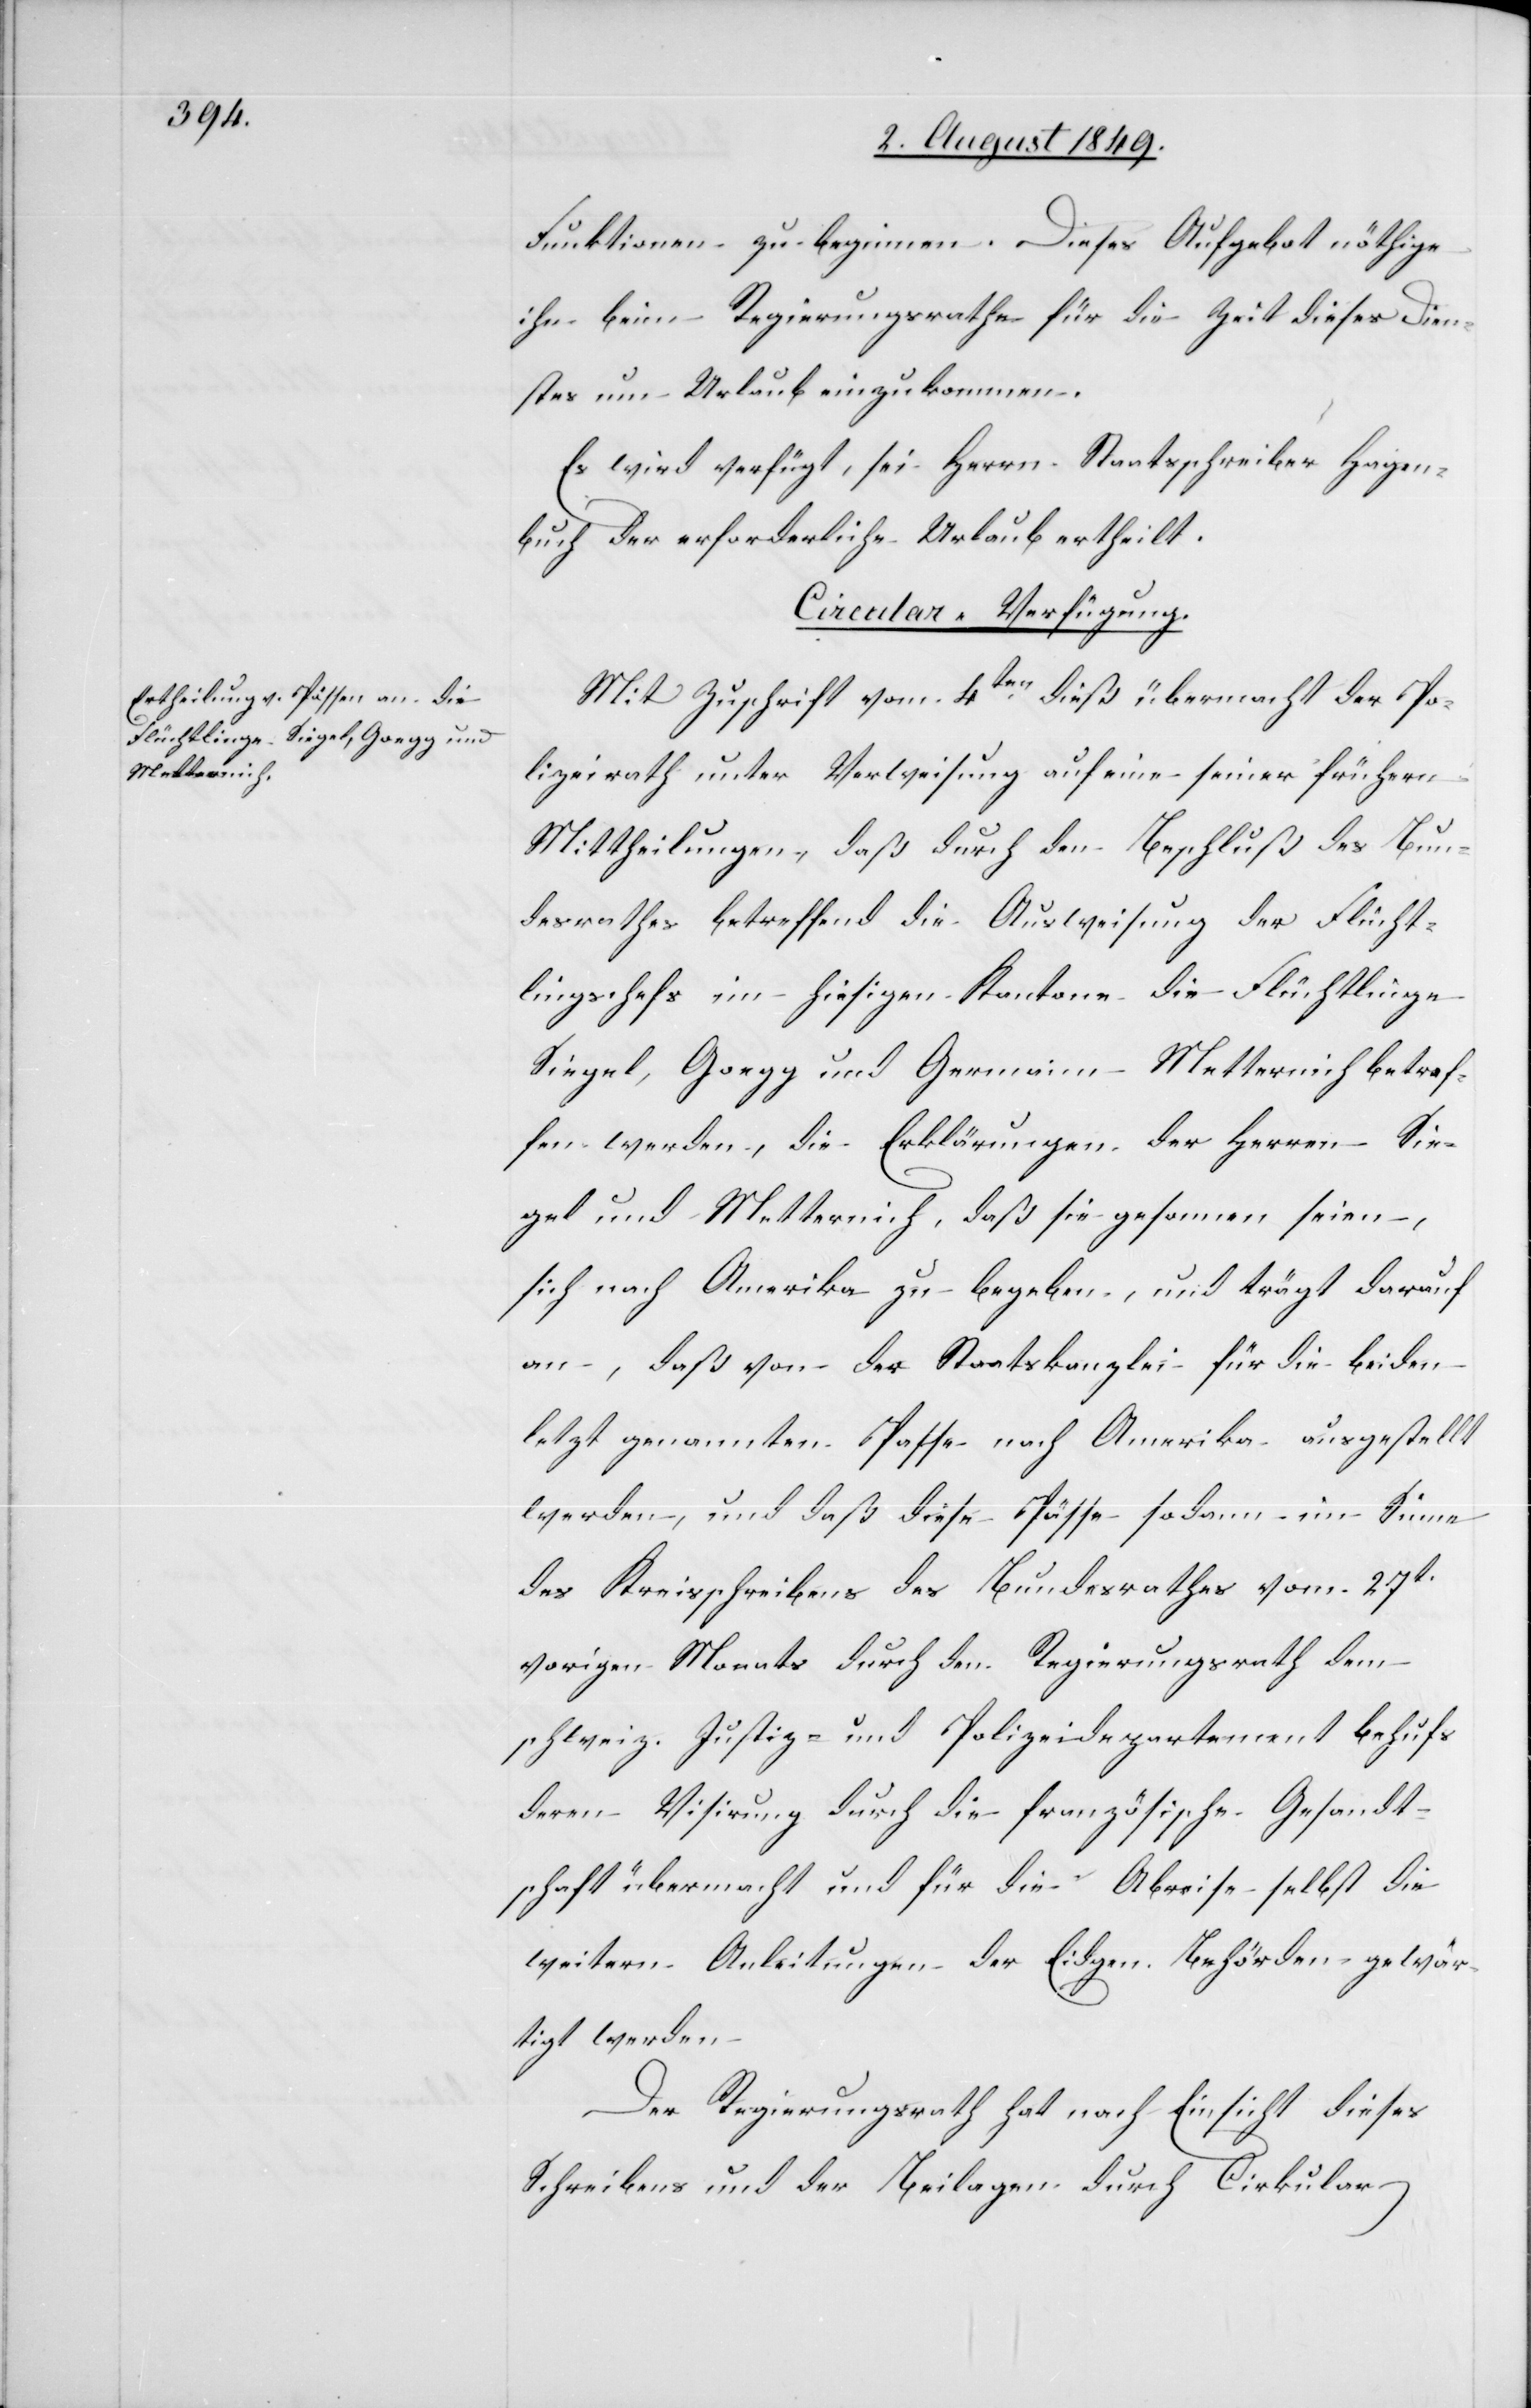
6. August 1849.]
Funktionen zu beginnen. Dieses Aufgebot nöthige
ihn beim Regierungsrathe für die Zeit dieses Dien¬
stes um Urlaub einzukommen.
Es wird verfügt, sei Herrn Staatsschreiber Hagen¬
buch der erforderliche Urlaub ertheilt.
Circular-Verfügung.
Mit Zuschrift vom 4ten dieß übermacht der Po¬
lizeirath unter Verweisung auf eine seiner frühern
Mittheilungen, daß durch den Beschluß des Bun¬
desrathes betreffend die Ausweisung der Flücht¬
lingschefs im hiesigen Kantone die Flüchtlinge
Siegel, Goegg und Germaim-Metternich betref¬
fen werden, die Erklärungen der Herren Sie¬
gel und Metternich, daß sie gesonnen seien,
sich nach Amerika zu begeben, und trägt darauf
an, daß von der Staatskanzlei für die beiden
letzt genannten Passe nach Amerika ausgestellt
werden, und daß diese Pässe sodann im Sinne
des Kreisschreibens des Bundesrathes vom 27t
vorigen Monats durch den Regierungsrath dem
schweiz. Justiz- und Polizeidepartement behufs
deren Visirung durch die französische Gesandt¬
schaft übermacht und für die Abreise selbst die
weitern Anleitungen der Eidgen. Behörden gewär¬
tigt werden
Der Regierungsrath hat nach Einsicht dieses
Schreibens und der Beilagen durch Cirkular